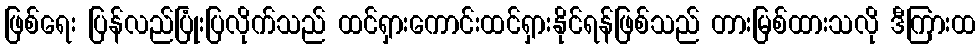
ဖြစ်ရေး ပြန်လည်ပြုံးပြလိုက်သည် ထင်ရှားကောင်းထင်ရှားနိုင်ရန်ဖြစ်သည် တားမြစ်ထားသလို ဒီကြားထ